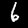
Digit: 6